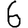
Digit: 6